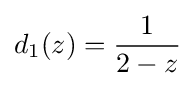
d_{1}(z)={\frac {1}{2-z}}